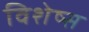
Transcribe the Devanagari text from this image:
विशेष्स